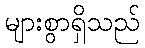
များစွာရှိသည်